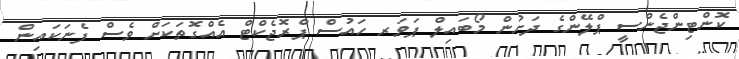
ކޮންޓިންޖެންސީ ޕްލޭންގެ ދަށުން މޯބައިލް ޕަވަރ ހައުސް ޕްރޮޖެކްޓް އެއްގޮތަކަށް ވެސް ފެނަކައިން